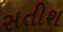
સતીશ